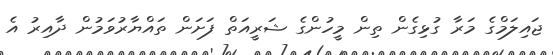
ޖައިލަމްގެ މަރާ ގުޅިގެން ތިން މީހުންގެ ޝަރީއަތް ފަށަން ތައްޔާރުވަމުން ދާއިރު އެ